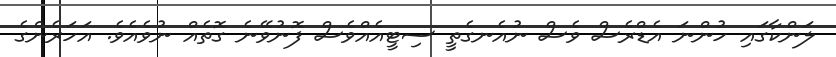
ލަންކާގައި ހުންނަ އެޑްރެސް ވެސް ނުއެނގެތީ ސިޓީއެއްވެސް ފޮނުވޭނެ ގޮތެއް ނުވެއެވެ. އަހަރެންގެ